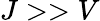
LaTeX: J>>V